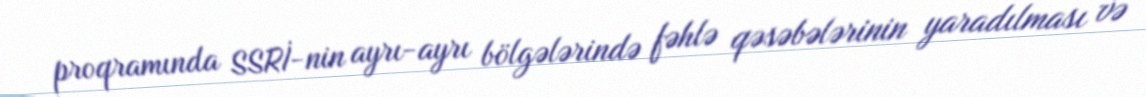
proqramında SSRİ-nin ayrı-ayrı bölgələrində fəhlə qəsəbələrinin yaradılması və